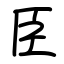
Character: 臣